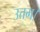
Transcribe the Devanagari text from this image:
उत्तम।